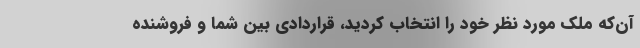
آن‌که ملک مورد نظر خود را انتخاب کردید، قراردادی بین شما و فروشنده